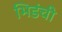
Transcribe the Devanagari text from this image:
भिडंची